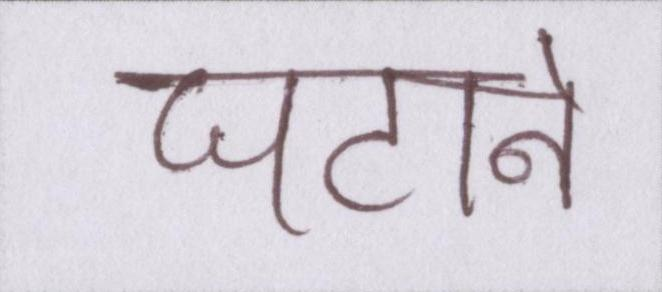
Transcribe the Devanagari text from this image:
घटाने